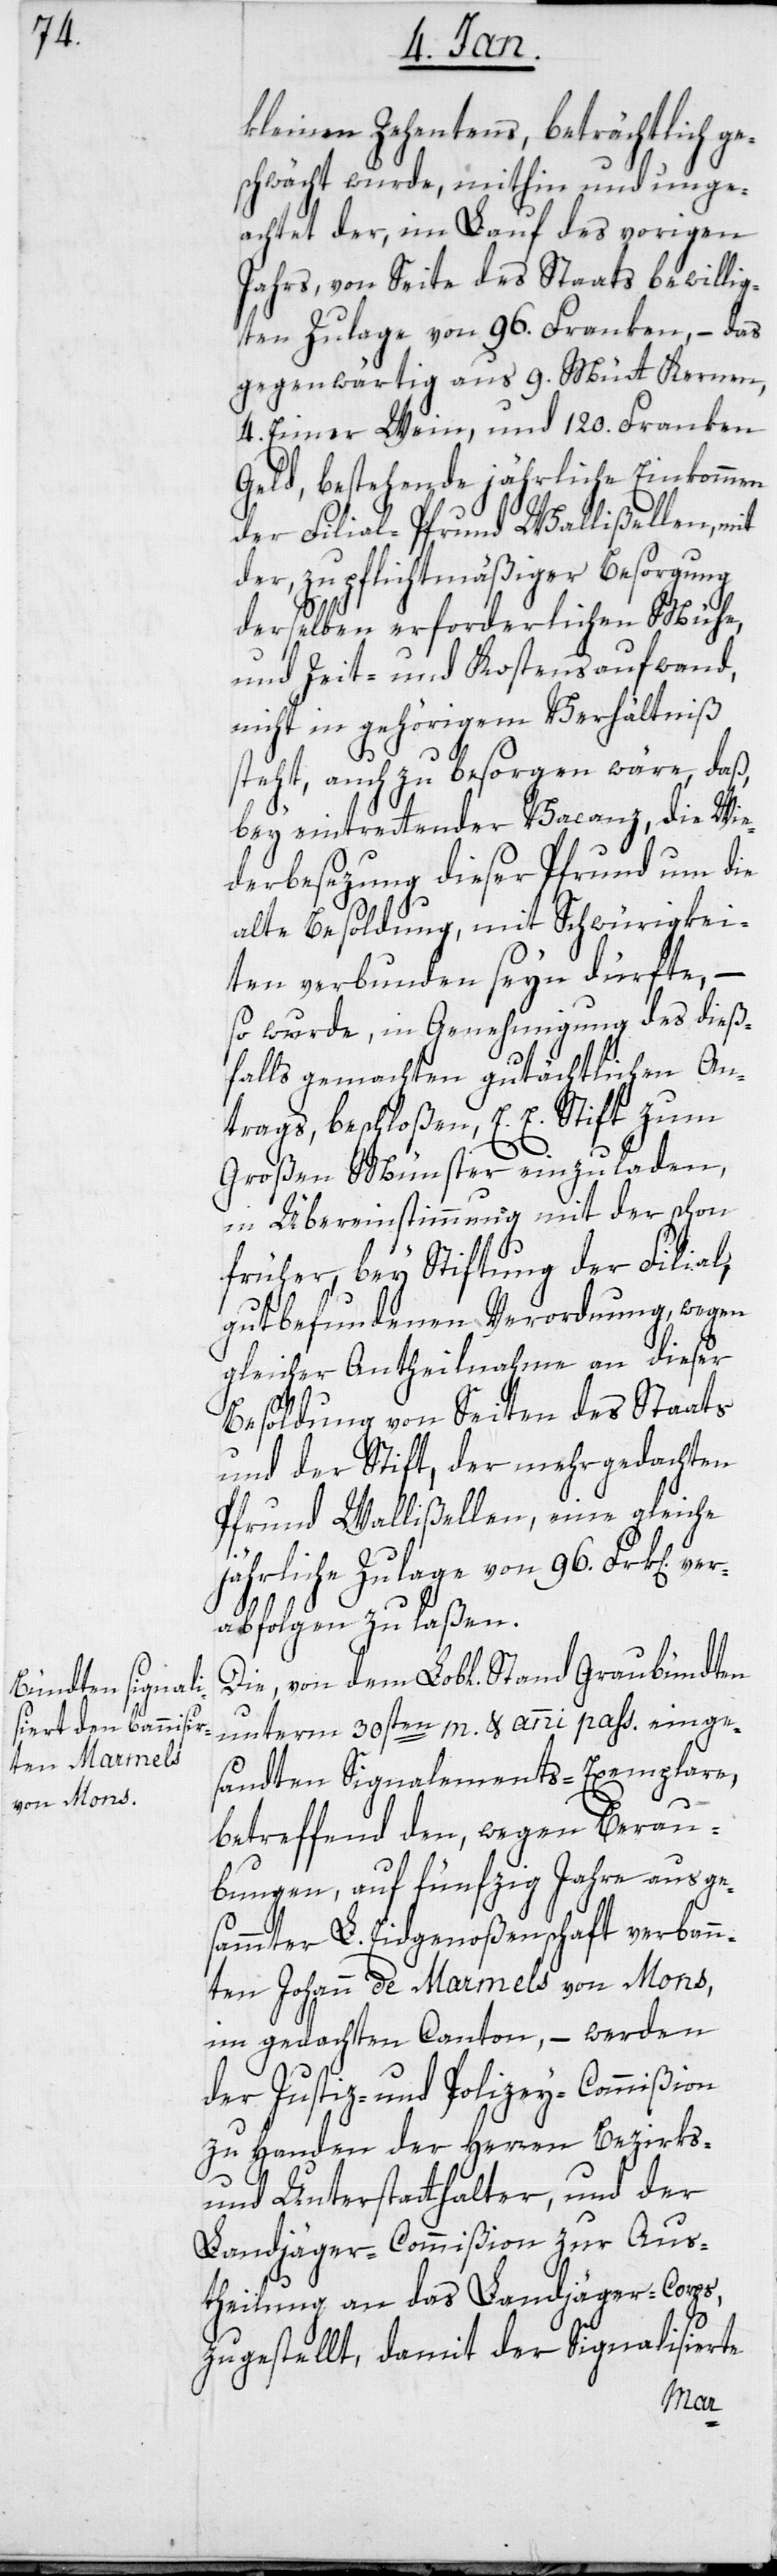
kleinen Zehentens, beträchtlich ge¬
schwächt wurde, mithin und unge¬
achtet der, im Lauf des vorigen
Jahrs, von Seite des Staats bewillig¬
ten Zulage von 96. Franken, – das
gegenwärtig aus 9. Mütt Kernen,
4. Eimer Wein, und 120. Franken
Geld, bestehende jährliche Einkommen
der Filial-Pfrund Wallisellen, mit
der, zu pflichtmäßiger Besorgung
derselben erforderlichen Mühe,
und Zeit- und Kostensaufwand,
nicht in gehörigem Verhältniß
steht, auch zu besorgen wäre, daß,
bey eintrettender Vacanz, die Wie¬
derbesezung dieser Pfrund um die
alte Besoldung, mit Schwürigkei¬
ten verbunden seyn dürfte, –
so wurde, in Genehmigung des dieß¬
falls gemachten gutächtlichen An¬
trags beschloßen, E. E. Stift zum
Großen Münster einzuladen,
in Übereinstimmung mit der schon
früher, bey Stiftung der Filial,
gutbefundenen Verordnung, wegen
gleicher Antheilnahme an dieser
Besoldung von Seiten des Staats
und der Stift, der mehr gedachten
Pfrund Wallißellen, eine gleiche
jährliche Zulage von 96. Frk[en]
abfolgen zu laßen.
Die, von dem Lobl. Stand Graubündten
unterm 30sten m. & anni pass. einge¬
sandten Signalements-Exemplare,
betreffend den, wegen Berau¬
bungen, auf fünfzig Jahre aus ge¬
sammter L. Eidgenoßenschaft verbann¬
ten Johann de Marmels von Mons,
im gedachten Canton, – werden
der Justiz- und Polizey-Commißion
zu Handen der Herren Bezirks-
und Unterstatthalter, und der
Landjäger-Commißion zur Aus¬
theilung an das Landjäger-Corps,
zugestellt, damit der Signalisierte
.ver¬